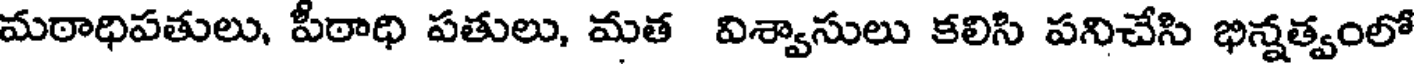
మఠాధిపతులు, పీఠాధి పతులు, మత విశ్వాసులు కలిసి పనిచేసి భిన్నత్వంలో